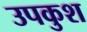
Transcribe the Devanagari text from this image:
उपकुश